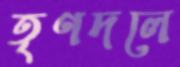
তৃণদলে